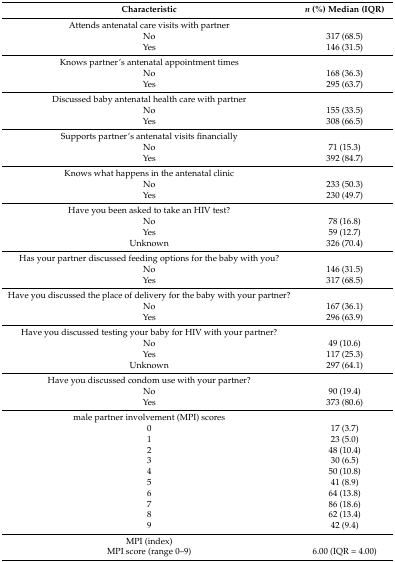
| Characteristic | n (%) Median (IQR) |
 | --- | --- |
 | Attends antenatal care visits with partner |  |
 | No | 317 (68.5) |
 | Yes | 146 (31.5) |
 | Knows partner’s antenatal appointment times |  |
 | No | 168 (36.3) |
 | Yes | 295 (63.7) |
 | Discussed baby antenatal health care with partner |  |
 | No | 155 (33.5) |
 | Yes | 308 (66.5) |
 | Supports partner’s antenatal visits financially |  |
 | No | 71 (15.3) |
 | Yes | 392 (84.7) |
 | Knows what happens in the antenatal clinic |  |
 | No | 233 (50.3) |
 | Yes | 230 (49.7) |
 | Have you been asked to take an HIV test? |  |
 | No | 78 (16.8) |
 | Yes | 59 (12.7) |
 | Unknown | 326 (70.4) |
 | Has your partner discussed feeding options for the baby with you? |  |
 | No | 146 (31.5) |
 | Yes | 317 (68.5) |
 | Have you discussed the place of delivery for the baby with your partner? |  |
 | No | 167 (36.1) |
 | Yes | 296 (63.9) |
 | Have you discussed testing your baby for HIV with your partner? |  |
 | No | 49 (10.6) |
 | Yes | 117 (25.3) |
 | Unknown | 297 (64.1) |
 | Have you discussed condom use with your partner? |  |
 | No | 90 (19.4) |
 | Yes | 373 (80.6) |
 | male partner involvement (MPI) scores |  |
 | 0 | 17 (3.7) |
 | 1 | 23 (5.0) |
 | 2 | 48 (10.4) |
 | 3 | 30 (6.5) |
 | 4 | 50 (10.8) |
 | 5 | 41 (8.9) |
 | 6 | 64 (13.8) |
 | 7 | 86 (18.6) |
 | 8 | 62 (13.4) |
 | 9 | 42 (9.4) |
 | MPI (index) |  |
 | MPI score (range 0–9) | 6.00 (IQR = 4.00) |